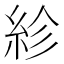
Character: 紾